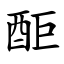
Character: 䣰